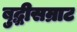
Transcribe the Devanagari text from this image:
बुद्धीसम्राट